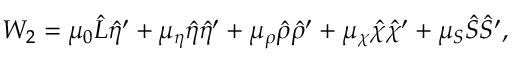
W _ { 2 } = \mu _ { 0 } \hat { L } \hat { \eta } ^ { \prime } + \mu _ { \eta } \hat { \eta } \hat { \eta } ^ { \prime } + \mu _ { \rho } \hat { \rho } \hat { \rho } ^ { \prime } + \mu _ { \chi } \hat { \chi } \hat { \chi } ^ { \prime } + \mu _ { S } \hat { S } \hat { S } ^ { \prime } ,